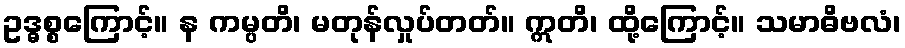
ဥဒ္ဓစ္စကြောင့်။ န ကမ္ပတိ၊ မတုန်လှုပ်တတ်။ ဣတိ၊ ထို့ကြောင့်။ သမာဓိဗလံ၊